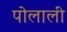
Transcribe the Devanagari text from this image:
पोलाली